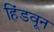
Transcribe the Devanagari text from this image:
हिंडवून